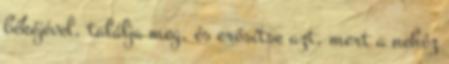
békéjével, találja meg, és erősítse azt, mert a nehéz